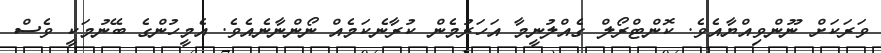
ވަރަކަށް ނޫންވިއްޔާއެވެ. ކޮންޓްރޯލް ގެއްލުނީމާ އަހަރުމެން ކުރާނެކަމެއް ނޯންނާނެއެވެ. އެމީހުންގެ ބޭނުމަކީ ވެސް